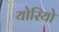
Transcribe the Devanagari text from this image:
योरियो